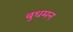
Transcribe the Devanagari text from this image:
बुधमन